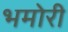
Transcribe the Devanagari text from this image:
भमोरी